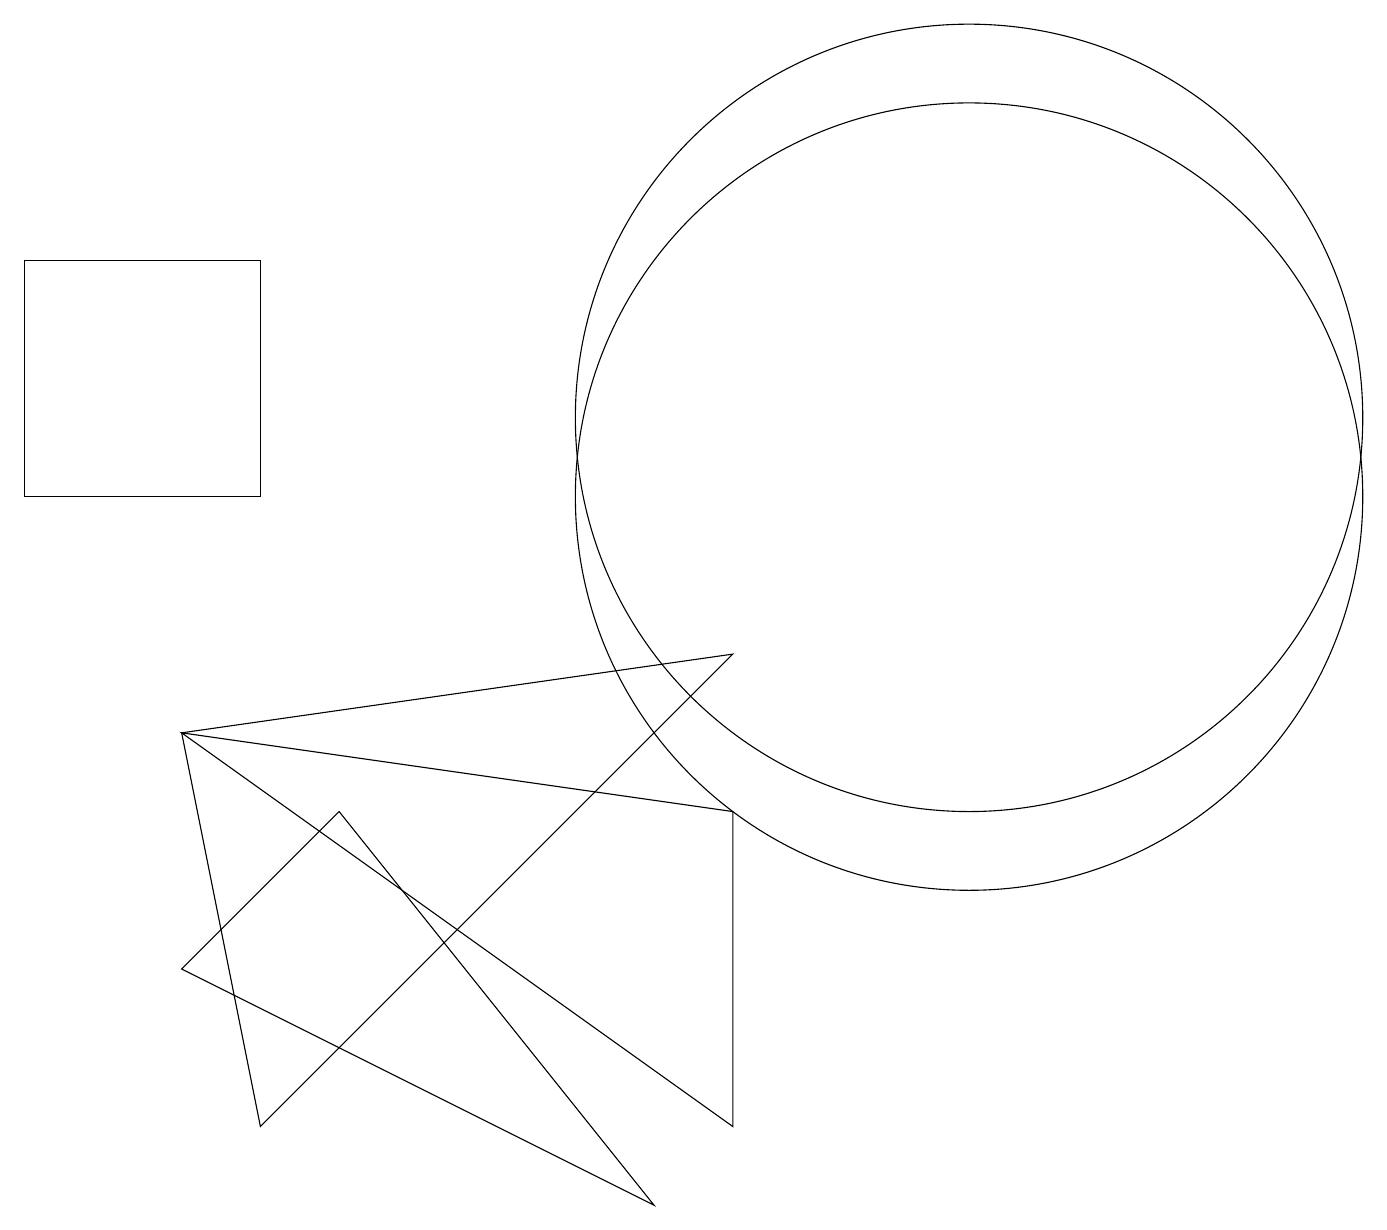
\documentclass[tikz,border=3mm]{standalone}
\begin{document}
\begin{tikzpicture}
\draw (2,4) -- (4,6) -- (8,1) -- cycle;
\draw (3,10) rectangle (0,13);
\draw (3,2) -- (2,7) -- (9,8) -- cycle;
\draw (12,10) circle (5);
\draw (2,7) -- (9,2) -- (9,6) -- cycle;
\draw (12,11) circle (5);
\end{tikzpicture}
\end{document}